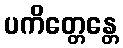
ပကိတ္တေန္တေ